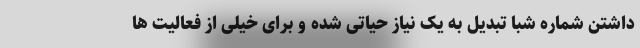
داشتن شماره شبا تبدیل به یک نیاز حیاتی شده و برای خیلی از فعالیت ها